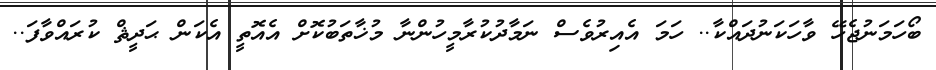
ބޯހަމަނުޖެހޭ ވާހަކަނުދައްކާ.. ހަމަ އެއިރުވެސް ނަމާދުކުރާމީހުންނާ މުޚާތަބުކޮށް އެއޮތީ އެކަން ޙަދީޘް ކުރައްވާފަ..